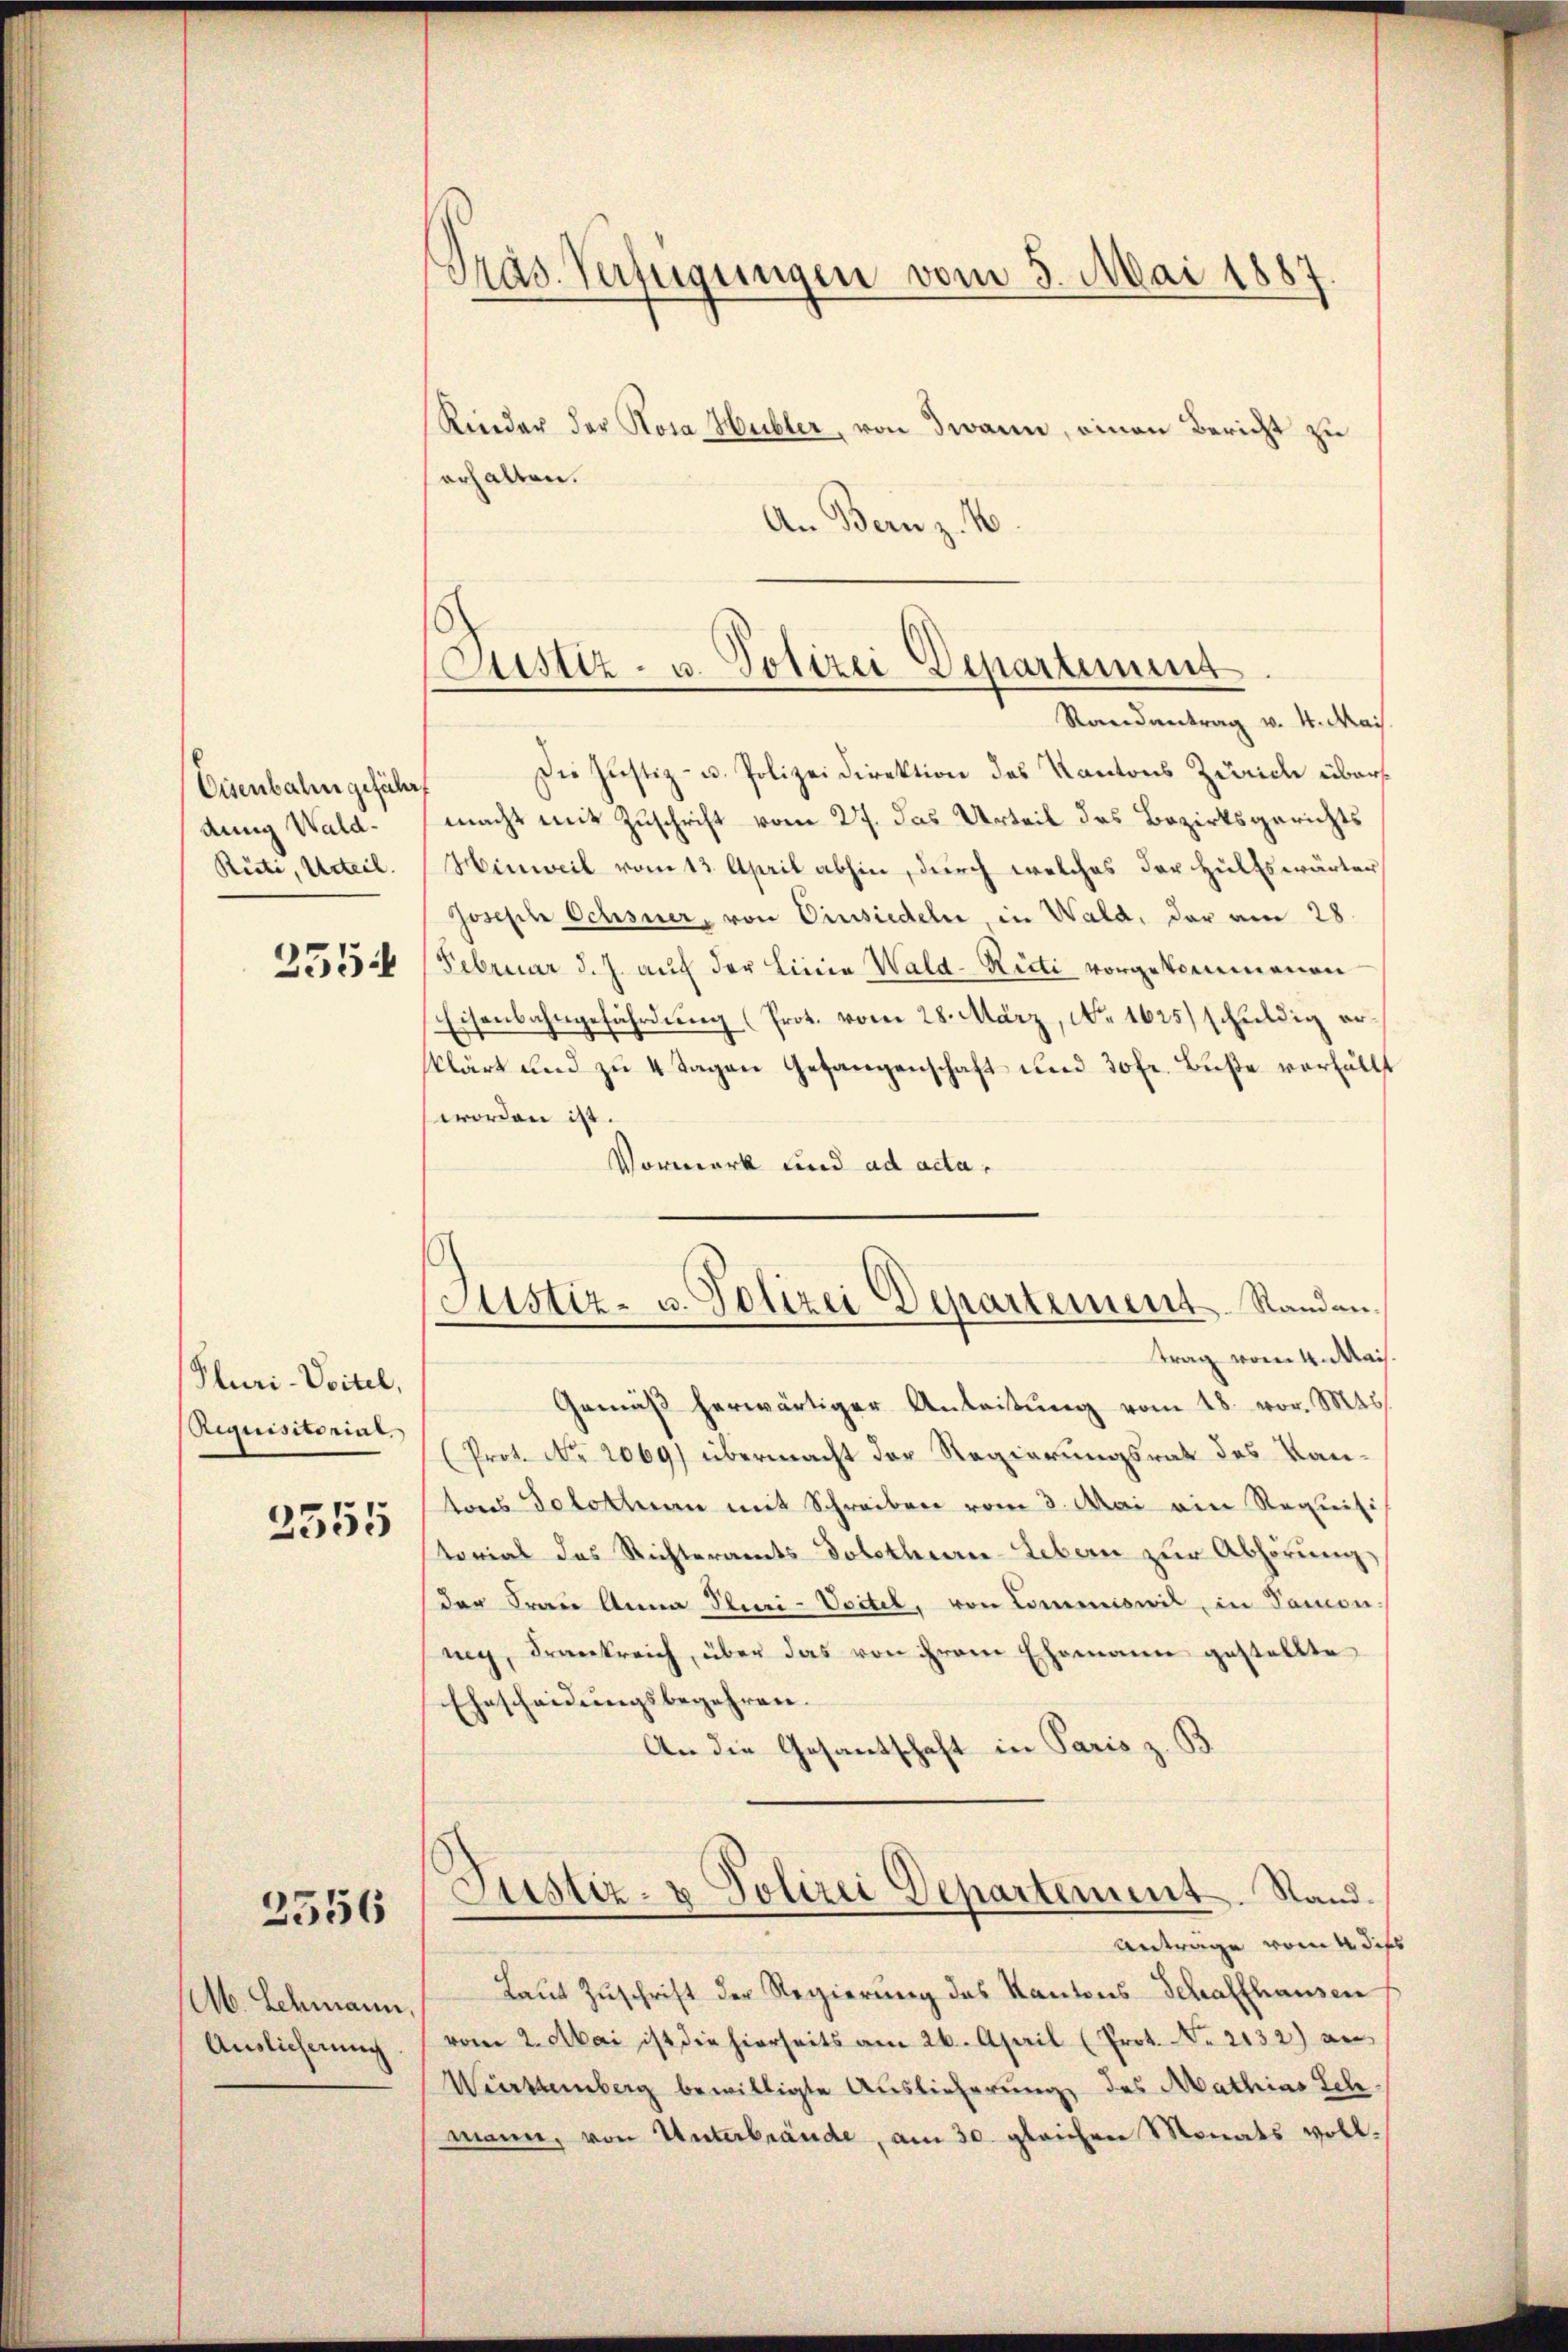
Cisenbahn geführ
dung Wald¬
Rüti, Urteil.
355.

Pluri-Voitel,
Siquisitorial
2355

2556

M. Schmann,
Auslieferung

Träs. Verfügungen vom 5. Mai 1887

Kinder der Rosa Hubler, von Twann, einen Bericht zu
erhalten.
An Bern z. B.

Justiz- u. Polizei Departement

Justiz- u. Polizei Departement Randantrag vom 4. Mais.

Randantrag v. 4. Mais.
Die Justiz- u. Polizeidirektion des Kantons Zürich übermacht mit Zuschrift vom 27. das Urteil des Bezirksgerichts
Hinweil vom 13. April abhin, durch welches der Hülfswärter
Joseph Ochsner, von Einsiedeln, in Wald, der am 28.
Februar d. J. auch der Linie Wald-Ricti vorgekommenen
Eisenbahngefährdung (Prot. vom 28. März, No. 1625) schuldig erkklärt und zu 4 Tagen Gefangenschaft und 30 Fr. Buße verfällt
worden ist.
Vormerk und ad acta,

Gemäβ herwärtiger Anleistŭng vom 18. vor. 146
(Prot. No. 2069) übermacht der Regierungsrat des Kantons Solothurn mit Schreiben vom 3. Mai ein Requisi
torial das Richteramts-Dolothurne-Lebern zur Abhörung,
der Frau Anna Pluri-Voitel, von Commiswil, in Samon-
nig, Frankreich, über das von ihrem Ehemann gestellte
Ehescheidungsbegehren.
An die Gesantschaft in Paris z. B.
Justiz- & Polizei Departement. Stand.
Anträge vom 4. der
Laut Zuschrift der Regierung des Kantons-Schaffhausen
vom 2. Mai ist die hierseits am 26. April (Prot. No. 2132) an
Württemberg bewilligte Auslieferung des Mathias Schmann, von Unterbrände, am 30. gleichen Monats voll¬